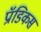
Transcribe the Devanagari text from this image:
प्रॉडिकस